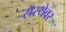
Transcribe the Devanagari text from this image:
सस्थेवर